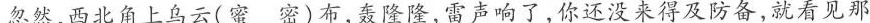
忽然，西北角上乌云（蜜 密）布，轰隆隆，雷声响了，你还没来得及防备，就看见那